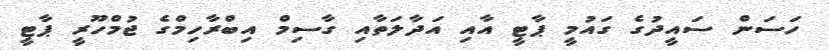
ހަސަން ސައީދުގެ ގައުމީ ޕާޓީ އާއި އަދާލަތާއި ގާސިމް އިބްރާހިމްގެ ޖުމްހޫރީ ޕާޓީ